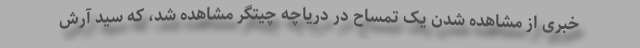
خبری از مشاهده شدن یک تمساح در دریاچه چیتگر مشاهده شد، که سید آرش